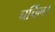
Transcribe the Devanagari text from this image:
चर्चिल।